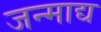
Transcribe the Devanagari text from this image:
जन्माद्य